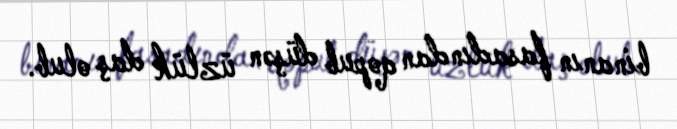
binanın fasadından qopub düşən üzlük daş olub.